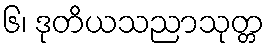
၆၊ ဒုတိယသညာသုတ္တ